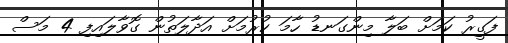
ފަގީރު ކަމަށް ބަލާ މިންގަނޑު ހާމަ ކުރުމަށް އަދާލަތުން ގޮވާލައިފި 4 މަސް